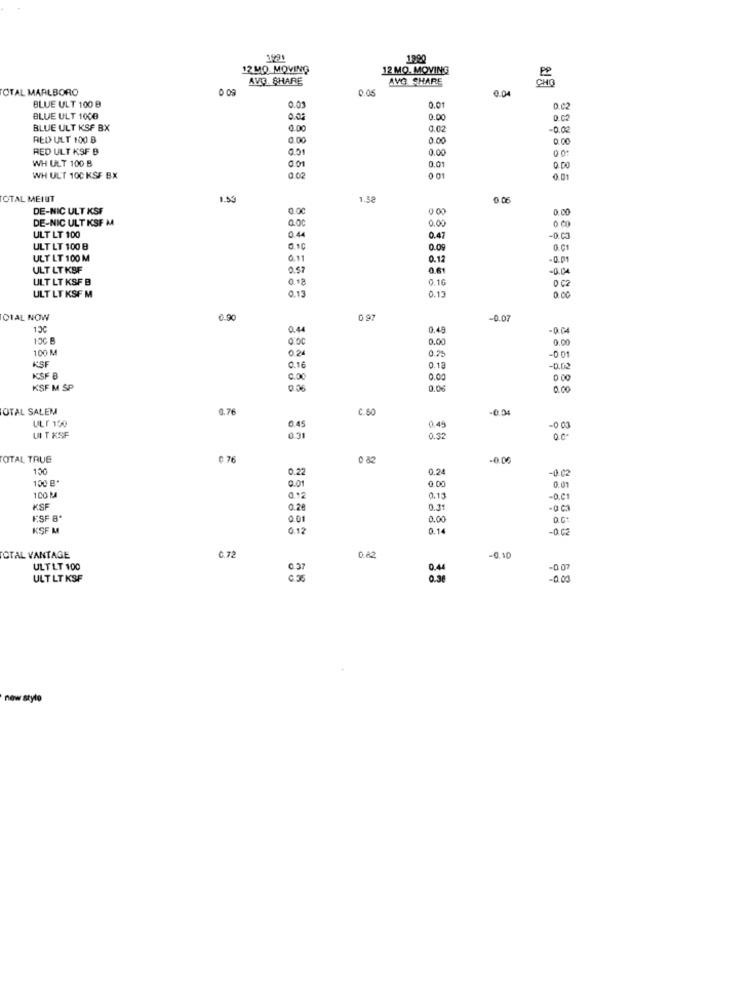
1991
1990
12 MQ MOVING
12 MO. MOVING
AVO. SHARE
AVG SHARE
CHO
OTAL MARLBORO
0.05
0.04
BLUE ULT 100 B
0.03
0.01
0.02
BLUE ULT 1000
0.05
0.00
0.02
BLUE ULT KSF BX
0.00
0.02
-0.02
RED ULT 100 B
0.00
0.00
0.00
RED ULT KSF B
0.00
WH ULT 100 B
001
0.01
0.00
WH ULT 100 KSF BX
0.02
0 01
0.01
OTAL MEIUT
1.5₴
0.06
DE-NIC ULT KSF
0.00
0.00
DE-NIC ULT KSF M
Q.OC
0.00
0.44
ULT LT 100
0.47
-0.03
ULT LT 100 B
0.00
ULT LT 100 M
0.11
0.12
-0.01
ULT LT KBF
0.57
0.61
-0.04
ULT LT KSF B
0.18
0.16
0 C2
0.13
ULT LT KSF M
0.13
0.00
CIAL NOW
0.90
0 97
-0.07
0.49
-0.04
0.00
0.00
0.00
100 M
0.25
KSF
0.24
-0 01
0.16
0.18
-0.02
KSF 8
0.00
0.00
0 00
KSF M SP
0.06
0.00
OTAL SALEM
0.76
C.50
-0.0
ULI 150
0.45
0.4
-0 03
UIT XSF
0.31
0.32
TOTAL TRUE
0 76
0 82
0.00
150
0.22
0.24
-0.02
100 B"
0.00
0.01
0.01
100 M
0.12
0.15
-O.C1
KSF
0.28
0.31
ESF 8*
.01
0.00
KSF M
0.12
0.14
-0.62
TOTAL VANTAGE
C.72
0.82
-0.10
ULTLT 100
-007
ULT LT KSF
-0.04
now styto